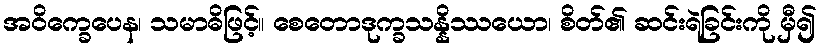
အဝိက္ခေပေန၊ သမာဓိဖြင့်။ စေတောဒုက္ခသန္နိဿယော၊ စိတ်၏ ဆင်းရဲခြင်းကို မှီ၍